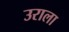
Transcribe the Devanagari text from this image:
उराला